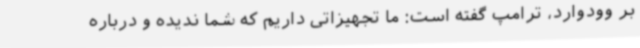
بر وودوارد، ترامپ گفته است: ما تجهیزاتی داریم که شما ندیده و درباره